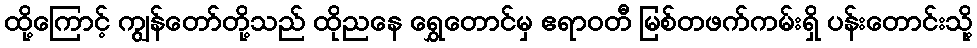
ထို့ကြောင့် ကျွန်တော်တို့သည် ထိုညနေ ရွှေတောင်မှ ဧရာဝတီ မြစ်တဖက်ကမ်းရှိ ပန်းတောင်းသို့